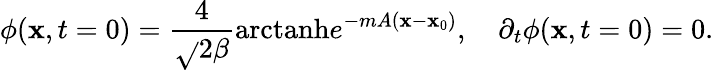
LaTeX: \phi(\mathbf{x},t=0)={\frac{{4}}{{\sqrt{}{2}\beta}}}\mathrm{{arctanh}}e^{-mA(\mathbf{x}-\mathbf{x}_{0})},\quad\partial_{t}\phi(\mathbf{x},t=0)=0.